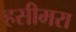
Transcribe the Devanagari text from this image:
हसीमरा